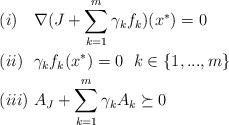
LaTeX: \begin{align*} &(i)\ \ \ \nabla(J+\sum\limits_{k=1}^m\gamma_k f_k)(x^*)=0\\ &(ii)\ \ \gamma_kf_k(x^*)=0\ \ k\in\{1,...,m\}\\ &(iii)\ A_J+\sum\limits_{k=1}^m\gamma_kA_k\succeq0 \end{align*}